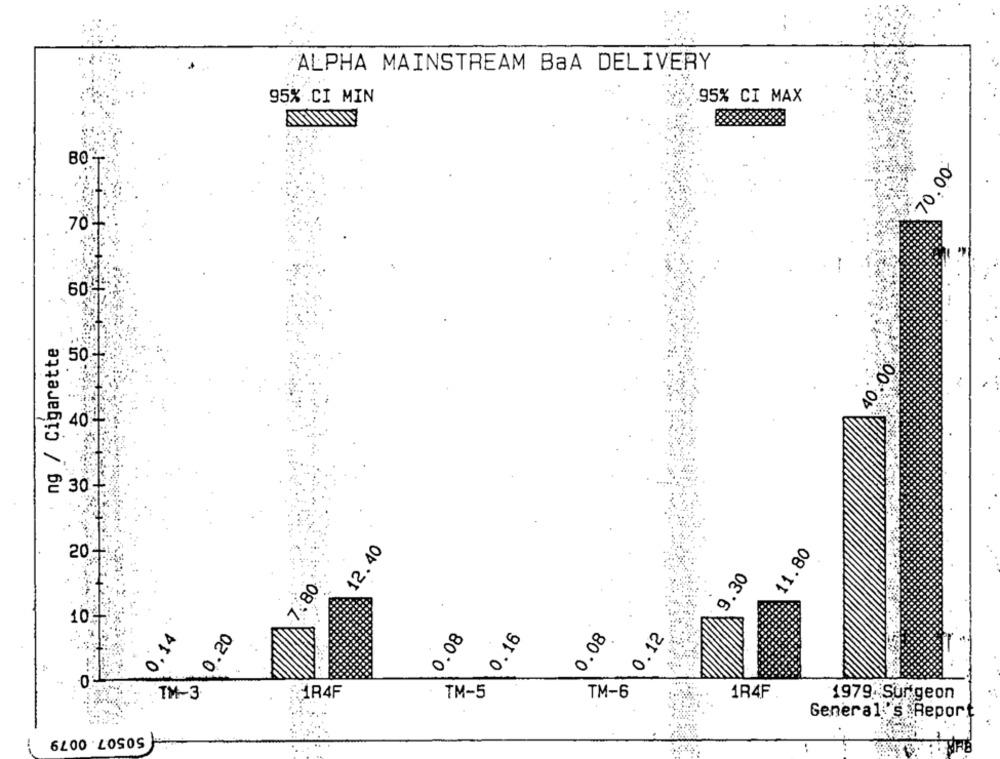
ALPHA MAINSTREAM BaA DELIVERY
95% CI MAX
95% CI MIN
70.00
70.
60
ng / Cigarette
50
40.00
40
2 30+
12.40
11.80
20
9.30
7.80
10
0.08
₩ 0.20
0.08
0.16
0.12
0,1
TX-3
1R4F
TM-5
TM-6
1R4F
1979. Sur geon
General 's Report
50507. 0079